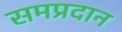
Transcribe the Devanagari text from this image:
समप्रदान